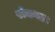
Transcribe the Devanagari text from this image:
रोकता।